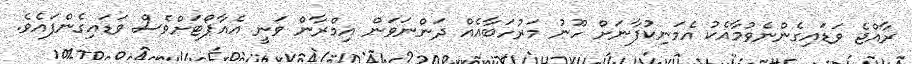
ރާއްޖެ ވަޑައިގެންނެވުމާއެކު އެމަނިކުފާނަށް ހޫނު މަރުހަބާއެއް ދަންނަވަން އިމްރާން ވަނީ އެއާޕޯޓަށްވެސް ވަޑައިގެންފައެވެ.